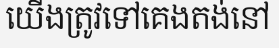
យើងត្រូវទៅគេងតង់នៅ